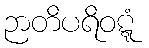
ဉာတိပရိဝဋ္ဋံ